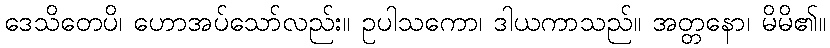
ဒေသိတေပိ၊ ဟောအပ်သော်လည်း။ ဥပါသကော၊ ဒါယကာသည်။ အတ္တနော၊ မိမိ၏။